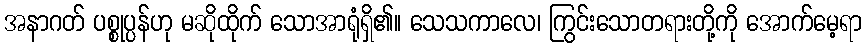
အနာဂတ် ပစ္စုပ္ပန်ဟု မဆိုထိုက် သောအာရုံရှိ၏။ သေသကာလေ၊ ကြွင်းသောတရားတို့ကို အောက်မေ့ရာ